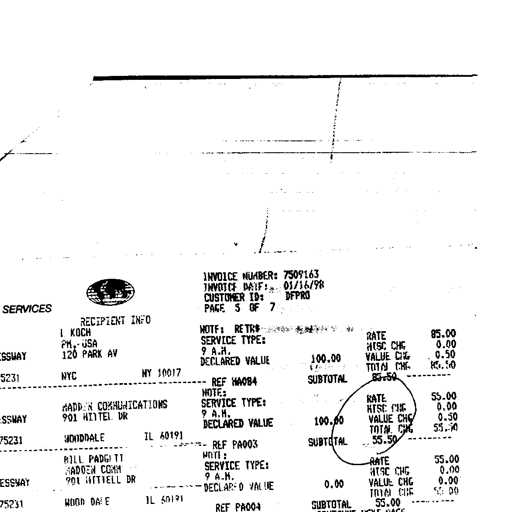
SERVICES
INVOICE NUMBER: 7509163
INVOICE DATE: 01/16/98
CUSTOMER ID: DFPRO
PAGE 5 OF 7
RECIPIENT INFO
L KOCH
PM.-USA
120 PARK AV
NYC NY 10017
NOTE: RETR
SERVICE TYPE:
9 A.M.
DECLARED VALUE 100.00
REF WA084
RATE 85.00
MISC CHG 0.00
VALUE CHG 0.50
TOTAL CHG 85.50
SUBTOTAL 85.50
MADDEN COMMUNICATIONS
901 MITTEL DR
WOODDALE IL 60191
NOTE:
SERVICE TYPE:
9 A.M.
DECLARED VALUE 100.00
REF PA003
RATE 55.00
MISC CHG 0.00
VALUE CHG 0.50
TOTAL CHG 55.50
SUBTOTAL 55.50
BILL PADGETT
MADDEN COMM
901 MITTEL DR
WOOD DALE IL 60191
NOTE:
SERVICE TYPE:
9 A.M.
DECLARED VALUE 0.00
REF PA004
RATE 55.00
MISC CHG 0.00
VALUE CHG 0.00
TOTAL CHG 55.00
SUBTOTAL 55.00